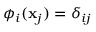
\phi _ { i } ( \mathbf { x } _ { j } ) = \delta _ { i j }